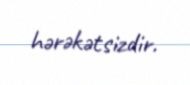
hərəkətsizdir.